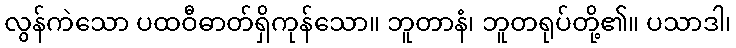
လွန်ကဲသော ပထဝီဓာတ်ရှိကုန်သော။ ဘူတာနံ၊ ဘူတရုပ်တို့၏။ ပသာဒါ၊